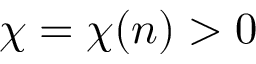
\chi = \chi ( n ) > 0